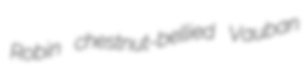
Robin chestnut-bellied Vauban